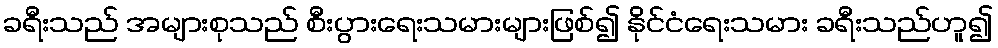
ခရီးသည် အများစုသည် စီးပွားရေးသမားများဖြစ်၍ နိုင်ငံရေးသမား ခရီးသည်ဟူ၍